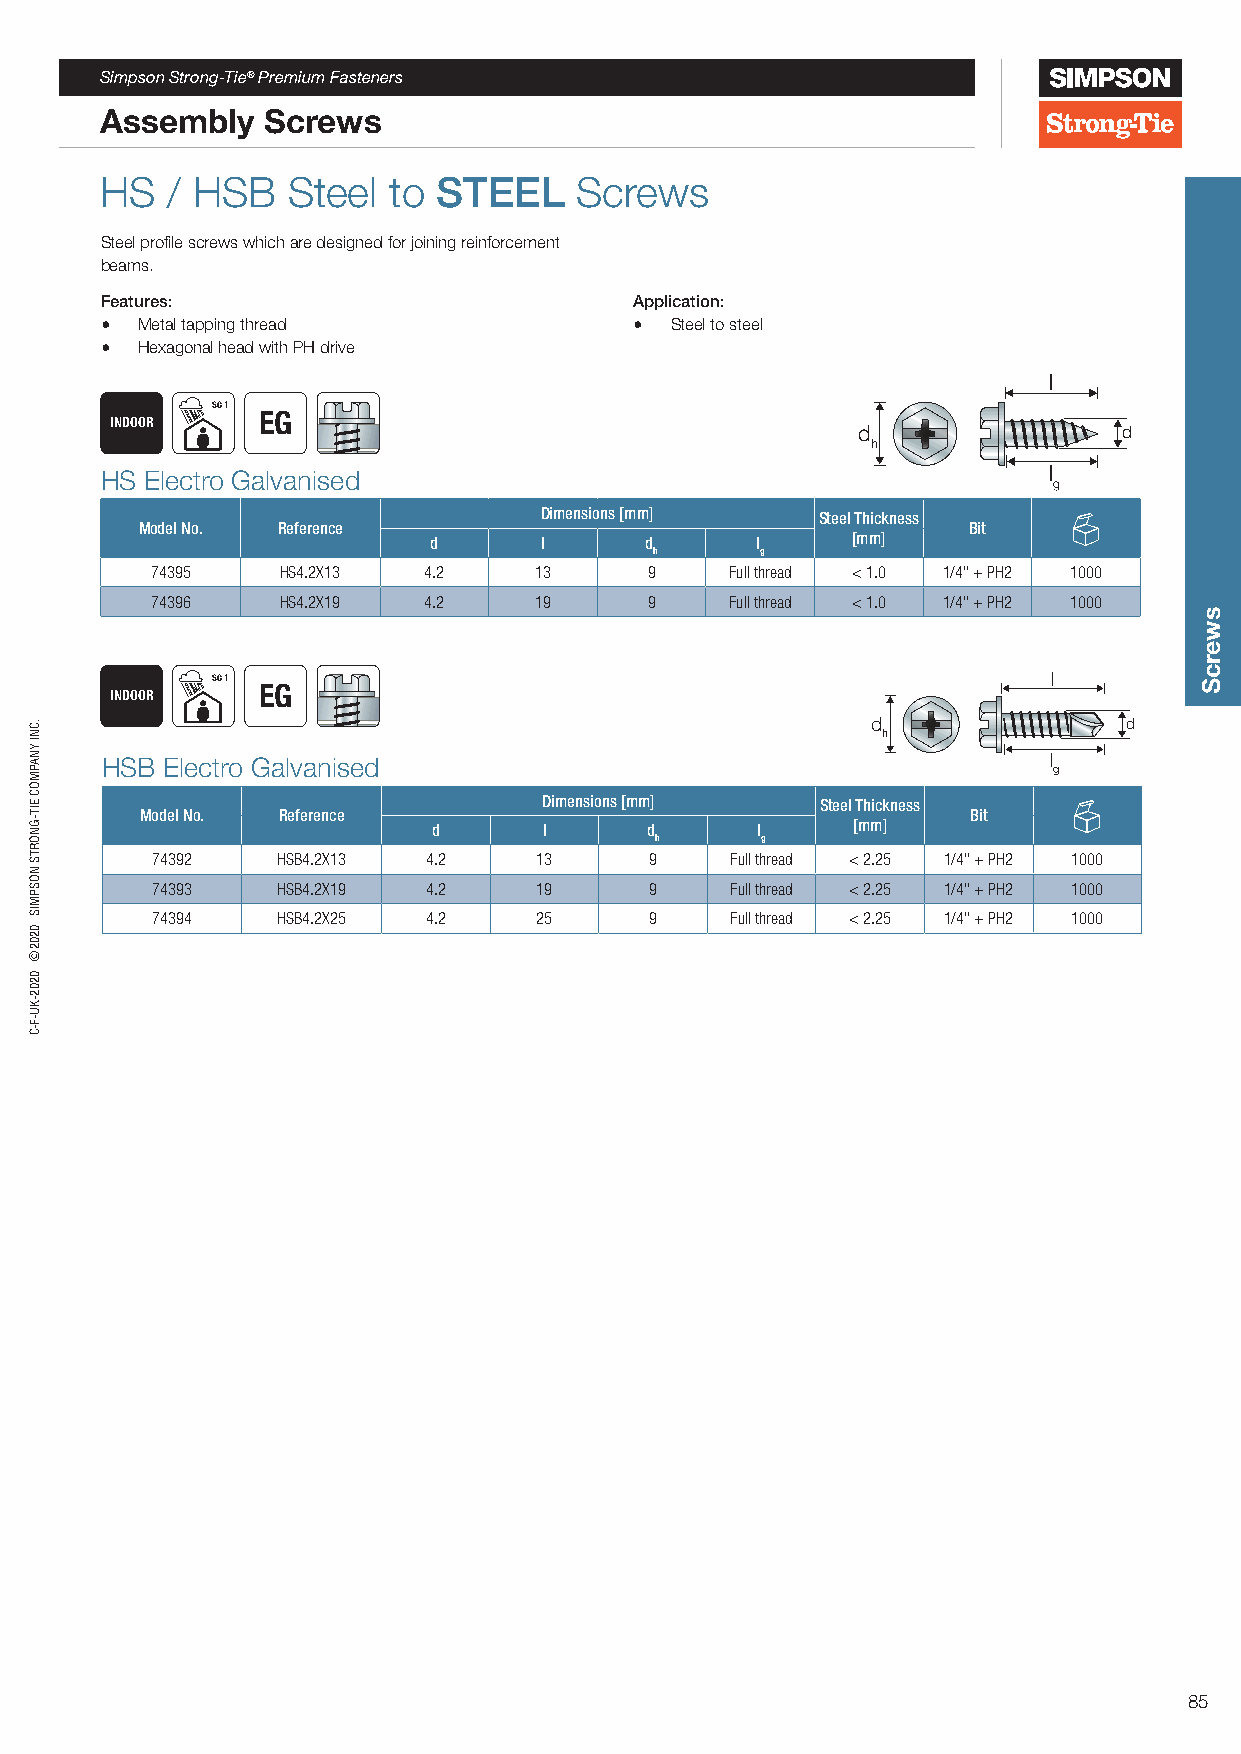
Simpson Strong-Tie® Premium Fasteners
 Assembly  Screws
 HS  / HSB   Steel  to STEEL    Screws
 Steel profile screws which are designed for joining reinforcement
 beams.
 Features:                          Application:
 • Metal tapping thread             • Steel to steel
 • Hexagonal head with PH drive
 l
 SC 1
 EG
 INDOOR
 d                d
 h
 HS Electro Galvanised                                         l
 g
 Dimensions [mm]   Steel Thickness
 Model No. Reference                                    Bit
 d       l      d      l     [mm]
 h      g
 74395    HS4.2X13 4.2    13      9    Full thread < 1.0 1/4" + PH2 1000
 74396    HS4.2X19 4.2    19      9    Full thread < 1.0 1/4" + PH2 1000
 SC 1                                                    l
 EG
 INDOOR
 d               d
 h
 HSB Electro Galvanised                                        l
 g
 Dimensions [mm]   Steel Thickness
 Model No. Reference                                    Bit
 d      l      d      l     [mm]
 h      g
 74392   HSB4.2X13 4.2    13      9    Full thread < 2.25 1/4" + PH2 1000
 74393   HSB4.2X19 4.2    19      9    Full thread < 2.25 1/4" + PH2 1000
 74394   HSB4.2X25 4.2    25      9    Full thread < 2.25 1/4" + PH2 1000
 85
 .CNI
 YNAPMOC
 EIT-GNORTS
 NOSPMIS
 0202©
 0202-KU-F-C
 swercS